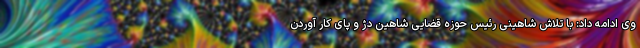
وی ادامه داد: با تلاش شاهینی رئیس حوزه قضایی شاهین دژ و پای کار آوردن